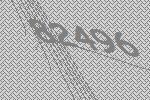
82496